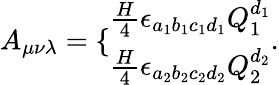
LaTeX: A_{\mu\nu\lambda}=\{ \begin{array}{l}{{\frac{H}{4}\epsilon_{a_{1}b_{1}c_{1}d_{1}}Q_{1}^{d_{1}}}}\\ {{\frac{H}{4}\epsilon_{a_{2}b_{2}c_{2}d_{2}}Q_{2}^{d_{2}}}}\end{array}.